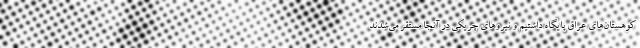
کوهستان‌های عراق پایگاه داشتیم و نیروهای چریکی در آنجا مستقر می‌شدند